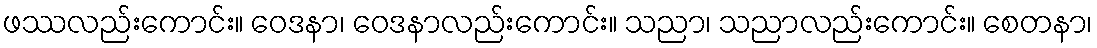
ဖဿလည်းကောင်း။ ဝေဒနာ၊ ဝေဒနာလည်းကောင်း။ သညာ၊ သညာလည်းကောင်း။ စေတနာ၊